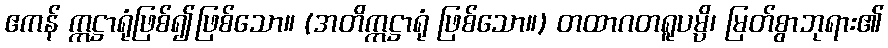
ဧကန် ဣဋ္ဌာရုံဖြစ်၍ဖြစ်သော။ (အတိဣဋ္ဌာရုံ ဖြစ်သော။) တထာဂတရူပမ္ပိ၊ မြတ်စွာဘုရား၏